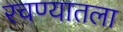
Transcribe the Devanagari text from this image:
रचण्यातला